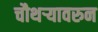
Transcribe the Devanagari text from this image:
चौथऱ्यावरुन